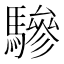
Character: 驂